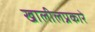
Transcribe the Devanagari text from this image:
खालीलप्रकारे